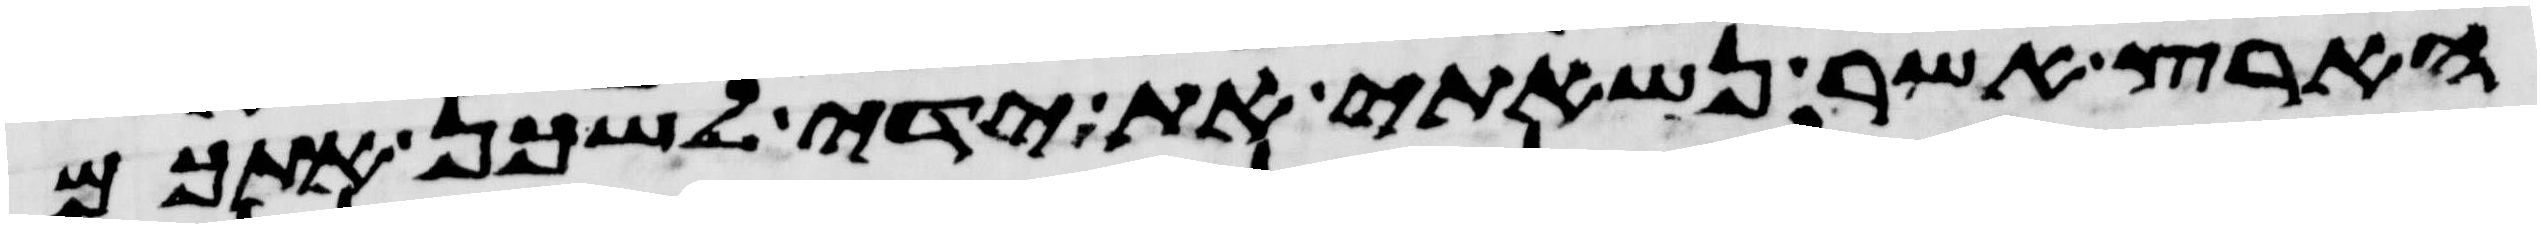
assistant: הארץ אשר נשאתי את ידי לשכן אתכם